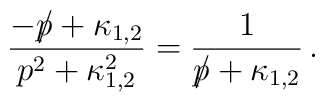
\frac{{-p \hspace{-0.2cm}/} + \kappa_{1,2}}{p^{2} + \kappa^{2}_{1,2}} =\frac{1}{{p \hspace{-0.2cm}/} + \kappa_{1,2}} \, .